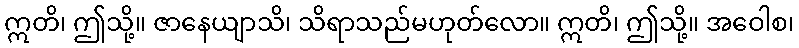
ဣတိ၊ ဤသို့။ ဇာနေယျာသိ၊ သိရာသည်မဟုတ်လော။ ဣတိ၊ ဤသို့။ အဝေါစ၊